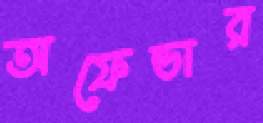
অফেন্ডার